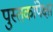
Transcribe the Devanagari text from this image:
पुस्तकांपेक्षा